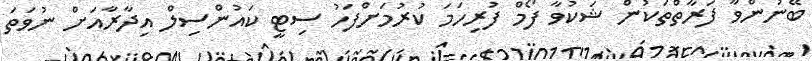
ބޭނުންވާ ފަރާތްތަކުން ޝަކުވާ ފޯމް ފުރިހަމަ ކުރުމަށްފަހު ސިޓީ ކައުންސިލް އިދާރާއަށް ނުވަތަ